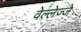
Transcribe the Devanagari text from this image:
वेल्लेज्जे